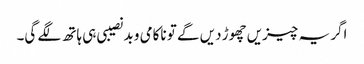
اگر یہ چیزیں چھوڑ دیں گے تو ناکامی و بدنصیبی ہی ہاتھ لگے گی۔